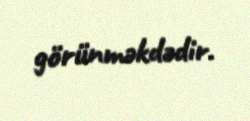
görünməkdədir.